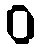
ဝ